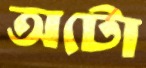
অটো